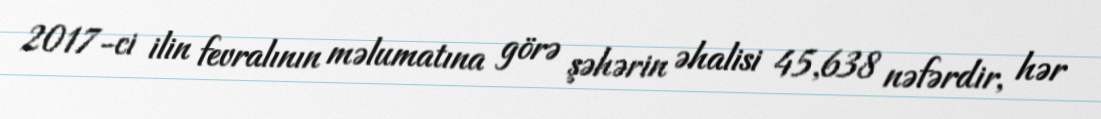
2017-ci ilin fevralının məlumatına görə şəhərin əhalisi 45,638 nəfərdir, hər